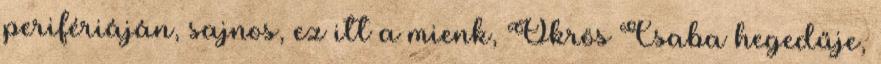
perifériáján, sajnos, ez itt a mienk, Ökrös Csaba hegedűje,